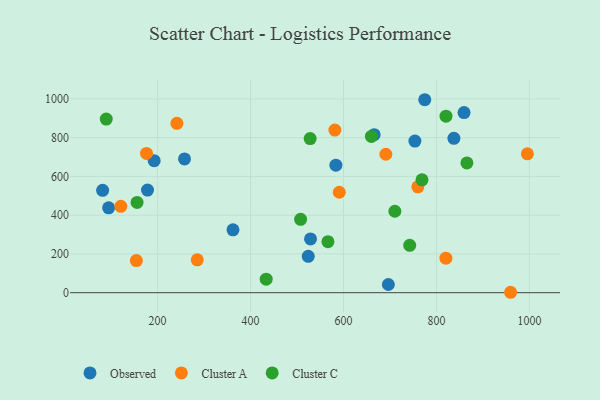
{"axis": {"x": "Engine Size", "y": "Demand"}, "legend": ["Cluster A", "Cluster C", "Observed"], "data": [{"x": "524.1", "y": 187.9, "type": "Observed"}, {"x": "257.9", "y": 690.3, "type": "Observed"}, {"x": "94.6", "y": 437.9, "type": "Observed"}, {"x": "178.3", "y": 529.6, "type": "Observed"}, {"x": "362.2", "y": 324.6, "type": "Observed"}, {"x": "192.6", "y": 680.9, "type": "Observed"}, {"x": "81.7", "y": 527.9, "type": "Observed"}, {"x": "583.6", "y": 657.7, "type": "Observed"}, {"x": "665.9", "y": 815.2, "type": "Observed"}, {"x": "529.0", "y": 277.4, "type": "Observed"}, {"x": "837.5", "y": 796.5, "type": "Observed"}, {"x": "753.6", "y": 782.4, "type": "Observed"}, {"x": "859.3", "y": 929.3, "type": "Observed"}, {"x": "696.5", "y": 42.4, "type": "Observed"}, {"x": "774.8", "y": 995.5, "type": "Observed"}, {"x": "820.3", "y": 178.1, "type": "Cluster A"}, {"x": "154.3", "y": 165.9, "type": "Cluster A"}, {"x": "120.9", "y": 445.6, "type": "Cluster A"}, {"x": "959.5", "y": 2.2, "type": "Cluster A"}, {"x": "581.4", "y": 839.1, "type": "Cluster A"}, {"x": "241.5", "y": 873.6, "type": "Cluster A"}, {"x": "285.3", "y": 169.7, "type": "Cluster A"}, {"x": "995.6", "y": 716.5, "type": "Cluster A"}, {"x": "590.9", "y": 518.2, "type": "Cluster A"}, {"x": "691.1", "y": 714.2, "type": "Cluster A"}, {"x": "759.9", "y": 546.3, "type": "Cluster A"}, {"x": "176.1", "y": 718.4, "type": "Cluster A"}, {"x": "768.9", "y": 582.4, "type": "Cluster C"}, {"x": "566.5", "y": 263.3, "type": "Cluster C"}, {"x": "433.6", "y": 69.8, "type": "Cluster C"}, {"x": "155.8", "y": 465.7, "type": "Cluster C"}, {"x": "660.0", "y": 806.1, "type": "Cluster C"}, {"x": "820.5", "y": 910.4, "type": "Cluster C"}, {"x": "528.2", "y": 795.2, "type": "Cluster C"}, {"x": "89.5", "y": 895.9, "type": "Cluster C"}, {"x": "710.5", "y": 420.1, "type": "Cluster C"}, {"x": "507.7", "y": 378.6, "type": "Cluster C"}, {"x": "742.4", "y": 244.3, "type": "Cluster C"}, {"x": "865.5", "y": 669.6, "type": "Cluster C"}]}